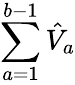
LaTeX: \sum_{a=1}^{b-1}\hat{V}_{a}